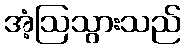
အံ့ဩသွားသည်